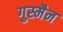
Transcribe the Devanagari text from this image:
गुस्मैन